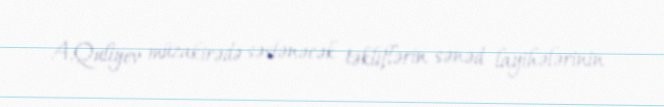
A.Quliyev müzakirədə səslənəcək təkliflərin sənəd layihələrinin